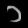
Digit: ၁